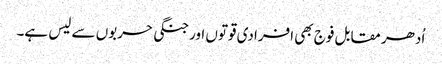
اُدھر مقابل فوج بھی افرادی قوتوں اورجنگی حربوں سے لیس ہے۔